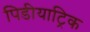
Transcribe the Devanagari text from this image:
पिडीयाट्रिक